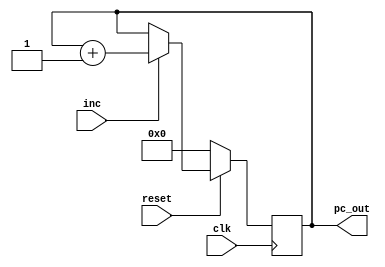
module pc (
	input clk, reset, inc,
	output reg [15:0] 	pc_out
);

always @(posedge clk)
  if (!reset)
		pc_out = 16'd0;
	else if (inc)
			pc_out = pc_out + 1;
endmodule